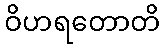
ဝိဟရတောတိ